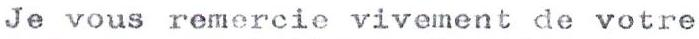
Je vous remercie vivement de votre